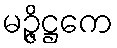
မဉ္ဇိဋ္ဌကေ